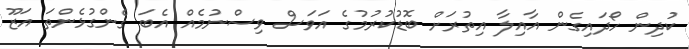
ކުދިން ހޯދައިގެން އާއިލާ އިތުރަށް ބޮޑުކުރުމުގެ އަވަސް ވިސްނުމެއް އެބަ ގެންގުޅެންތަ އަޒޫ